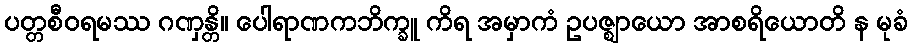
ပတ္တစီဝရမဿ ဂဏှန္တိ။ ပေါရာဏကဘိက္ခူ ကိရ အမှာကံ ဥပဇ္ဈာယော အာစရိယောတိ န မုခံ